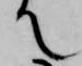
て